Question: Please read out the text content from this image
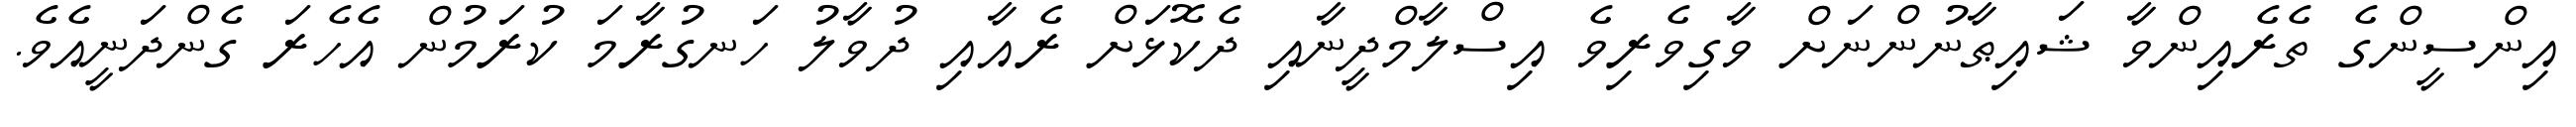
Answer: އިންސީންގެ ތެރެއިންވާ ޝައިޠާނުންނަށް ވާގިވެރިވެ އިސްލާމްދީނާއި ދެކޮޅަށް ރެއާއި ދުވާލު ހަނގުރާމަ ކުރަމުން އެހެރަ ގެންދަނީއެވެ.